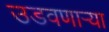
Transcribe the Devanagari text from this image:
उडवणाऱ्या